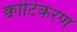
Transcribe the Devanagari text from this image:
क्वांटिकरण